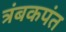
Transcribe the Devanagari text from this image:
त्रंबकपंत